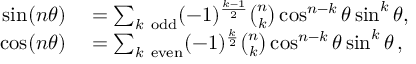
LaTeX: \begin{array} { r l } { \sin ( n \theta ) } & { { } = \sum _ { k { \mathrm { ~ o d d } } } ( - 1 ) ^ { \frac { k - 1 } { 2 } } { \binom { n } { k } } \cos ^ { n - k } \theta \sin ^ { k } \theta , } \\ { \cos ( n \theta ) } & { { } = \sum _ { k { \mathrm { ~ e v e n } } } ( - 1 ) ^ { \frac { k } { 2 } } { \binom { n } { k } } \cos ^ { n - k } \theta \sin ^ { k } \theta \, , } \end{array}